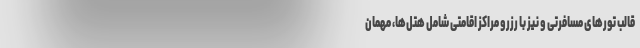
قالب تورهای مسافرتی و نیز با رزرو مراکز اقامتی شامل هتل‌ها، مهمان